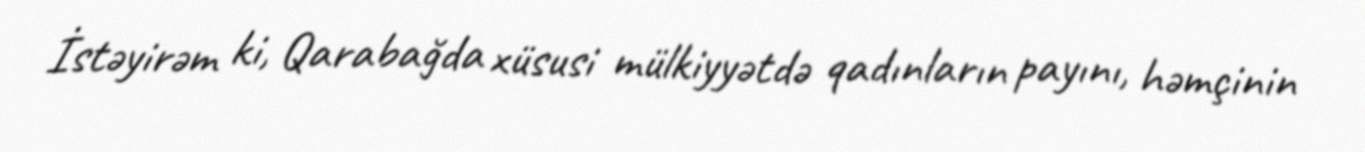
İstəyirəm ki, Qarabağda xüsusi mülkiyyətdə qadınların payını, həmçinin